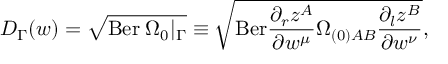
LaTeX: { \cal D } _ { \Gamma } ( w ) = \sqrt { \mathrm { B e r } \; \Omega _ { 0 } \vert _ { \Gamma } } \equiv \sqrt { \mathrm { B e r } \frac { \partial _ { r } z ^ { A } } { \partial w ^ { \mu } } \Omega _ { ( 0 ) A B } \frac { \partial _ { l } z ^ { B } } { \partial w ^ { \nu } } } ,